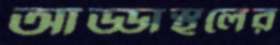
আড্ডাস্থলের